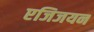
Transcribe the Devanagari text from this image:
एजिजयन